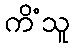
ကိံသူ